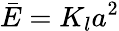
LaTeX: \bar{E}=K_{l}a^{2}